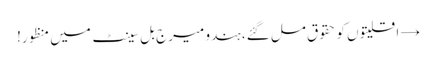
→ اقلیتوں کو حقوق مل گئے، ہندو میرج بل سینٹ میں منظور!